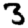
Digit: 3